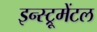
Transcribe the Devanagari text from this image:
इन्स्ट्रूमेंटल